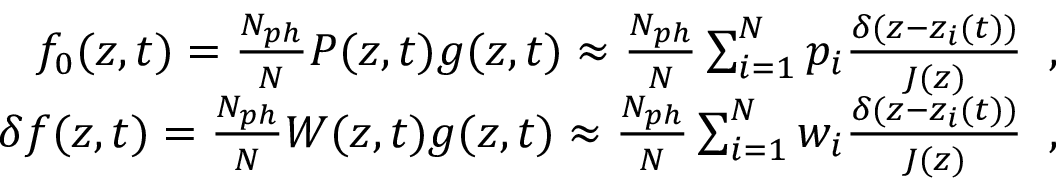
\begin{array} { r } { f _ { 0 } ( z , t ) = \frac { N _ { p h } } { N } P ( z , t ) g ( z , t ) \approx \frac { N _ { p h } } { N } \sum _ { i = 1 } ^ { N } p _ { i } \frac { \delta ( z - z _ { i } ( t ) ) } { J ( z ) } \; \; , } \\ { \delta f ( z , t ) = \frac { N _ { p h } } { N } W ( z , t ) g ( z , t ) \approx \frac { N _ { p h } } { N } \sum _ { i = 1 } ^ { N } w _ { i } \frac { \delta ( z - z _ { i } ( t ) ) } { J ( z ) } \; \; , } \end{array}